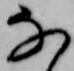
な